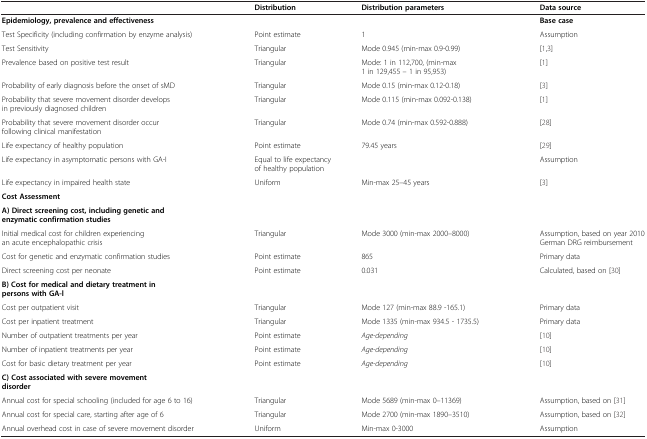
|  | Distribution | Distribution parameters | Data source |
 | --- | --- | --- | --- |
 | Epidemiology, prevalence and effectiveness |  |  | Base case |
 | Test Specificity (including confirmation by enzyme analysis) | Point estimate | 1 | Assumption |
 | Test Sensitivity | Triangular | Mode 0.945 (min-max 0.9-0.99) | [1,3] |
 | Prevalence based on positive test result | Triangular | Mode: 1 in 112,700, (min-max 1 in 129,455 – 1 in 95,953) | [1] |
 | Probability of early diagnosis before the onset of sMD | Triangular | Mode 0.15 (min-max 0.12-0.18) | [3] |
 | Probability that severe movement disorder develops in previously diagnosed children | Triangular | Mode 0.115 (min-max 0.092-0.138) | [1] |
 | Probability that severe movement disorder occur following clinical manifestation | Triangular | Mode 0.74 (min-max 0.592-0.888) | [28] |
 | Life expectancy of healthy population | Point estimate | 79.45 years | [29] |
 | Life expectancy in asymptomatic persons with GA-I | <COLSPAN=2> Equal to life expectancy of healthy population | Assumption |
 | Life expectancy in impaired health state | Uniform | Min-max 25–45 years | [3] |
 | Cost Assessment |  |  |  |
 | <COLSPAN=4> A) Direct screening cost, including genetic and enzymatic confirmation studies |
 | Initial medical cost for children experiencing an acute encephalopathic crisis | Triangular | Mode 3000 (min-max 2000–8000) | Assumption, based on year 2010 German DRG reimbursement |
 | Cost for genetic and enzymatic confirmation studies | Point estimate | 865 | Primary data |
 | Direct screening cost per neonate | Point estimate | 0.031 | Calculated, based on [30] |
 | <COLSPAN=4> B) Cost for medical and dietary treatment in persons with GA-l |
 | Cost per outpatient visit | Triangular | Mode 127 (min-max 88.9 -165.1) | Primary data |
 | Cost per inpatient treatment | Triangular | Mode 1335 (min-max 934.5 - 1735.5) | Primary data |
 | Number of outpatient treatments per year | Point estimate | Age-depending | [10] |
 | Number of inpatient treatments per year | Point estimate | Age-depending | [10] |
 | Cost for basic dietary treatment per year | Point estimate | Age-depending | [10] |
 | <COLSPAN=4> C) Cost associated with severe movement disorder |
 | Annual cost for special schooling (included for age 6 to 16) | Triangular | Mode 5689 (min-max 0–11369) | Assumption, based on [31] |
 | Annual cost for special care, starting after age of 6 | Triangular | Mode 2700 (min-max 1890–3510) | Assumption, based on [32] |
 | Annual overhead cost in case of severe movement disorder | Uniform | Min-max 0-3000 | Assumption |